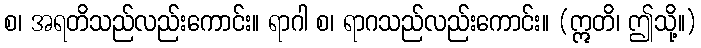
စ၊ အရတိသည်လည်းကောင်း။ ရာဂါ စ၊ ရာဂသည်လည်းကောင်း။ (ဣတိ၊ ဤသို့။)